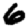
Digit: 6